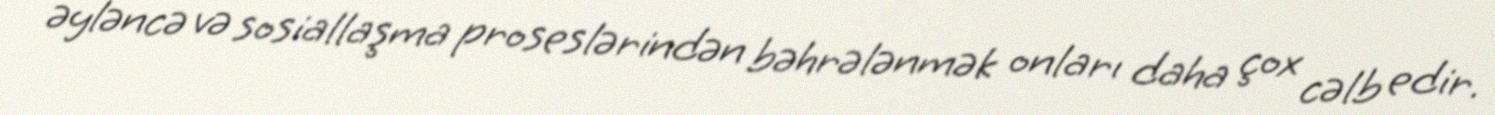
əyləncə və sosiallaşma proseslərindən bəhrələnmək onları daha çox cəlb edir.